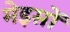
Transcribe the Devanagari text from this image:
मेइसों